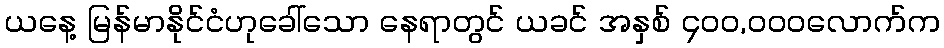
ယနေ့ မြန်မာနိုင်ငံဟုခေါ်သော နေရာတွင် ယခင် အနှစ် ၄၀၀,၀၀၀လောက်က